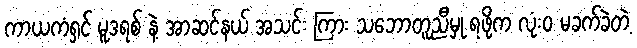
ကာယကံရှင် မူဒရစ် နဲ့ အာဆင်နယ် အသင်း ကြား သဘောတူညီမှု ရဖို့က လုံးဝ မခက်ခဲတဲ့